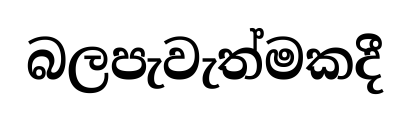
බලපැවැත්මකදී